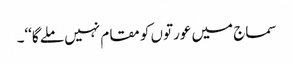
سماج میں عورتوں کو مقام نہیں ملے گا‘‘۔